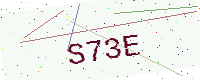
Text: S73E